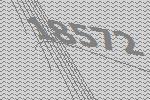
18572